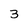
Character: 3